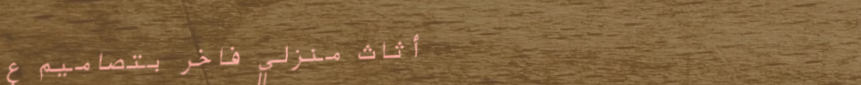
أثاث منزلي فاخر بتصاميم ع